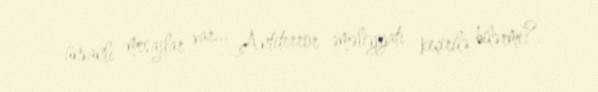
ünvanlı mesajlar var... Antiterror əməliyyatı keçirilə bilərmi?.